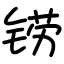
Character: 铹